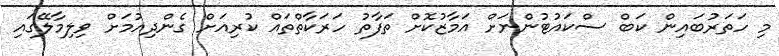
މި ހަތަރުބައިން ކަބް ސްކައުޓުންނަށް އަމާޒުކޮށް ތަފާތު ހަރަކާތްތައް ކުރިއަށް ގެންދިއުމަށް ވިލިމާލޭގައި